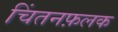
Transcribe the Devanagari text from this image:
चिंतनफ़लक